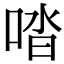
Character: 𠴲